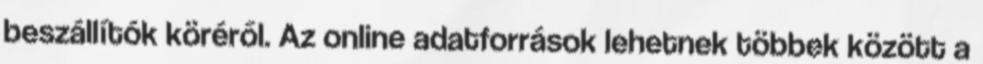
beszállítók köréről. Az online adatforrások lehetnek többek között a